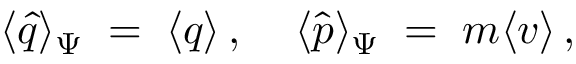
\langle \hat { q } \rangle _ { \Psi } \; = \; \langle q \rangle \, , \; \; \; \; \langle \hat { p } \rangle _ { \Psi } \; = \; m \langle v \rangle \, ,